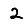
Digit: 2